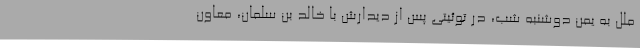
ملل به یمن دوشنبه شب، در توئیتی پس از دیدارش با خالد بن سلمان، معاون